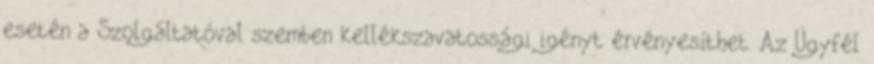
esetén a Szolgáltatóval szemben kellékszavatossági igényt érvényesíthet. Az Ügyfél